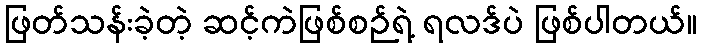
ဖြတ်သန်းခဲ့တဲ့ ဆင့်ကဲဖြစ်စဉ်ရဲ့ ရလဒ်ပဲ ဖြစ်ပါတယ်။